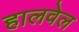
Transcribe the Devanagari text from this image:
हालवेल